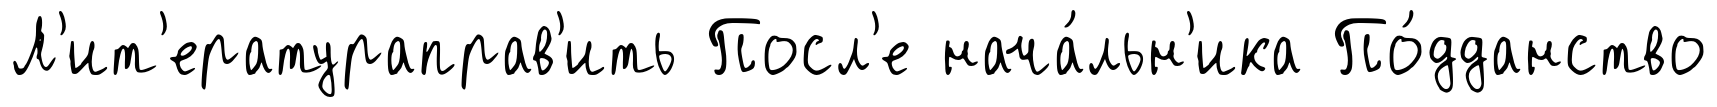
Л'ит'ератураправ'ить Посл'е нача́льн'ика По́дданство